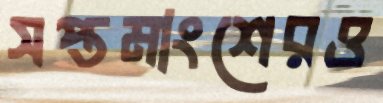
সপ্তমাংশেরও